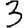
Digit: 3